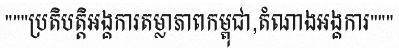
"""ប្រតិបត្តិអង្គការតម្លាភាពកម្ពុជា,តំណាងអង្គការ"""